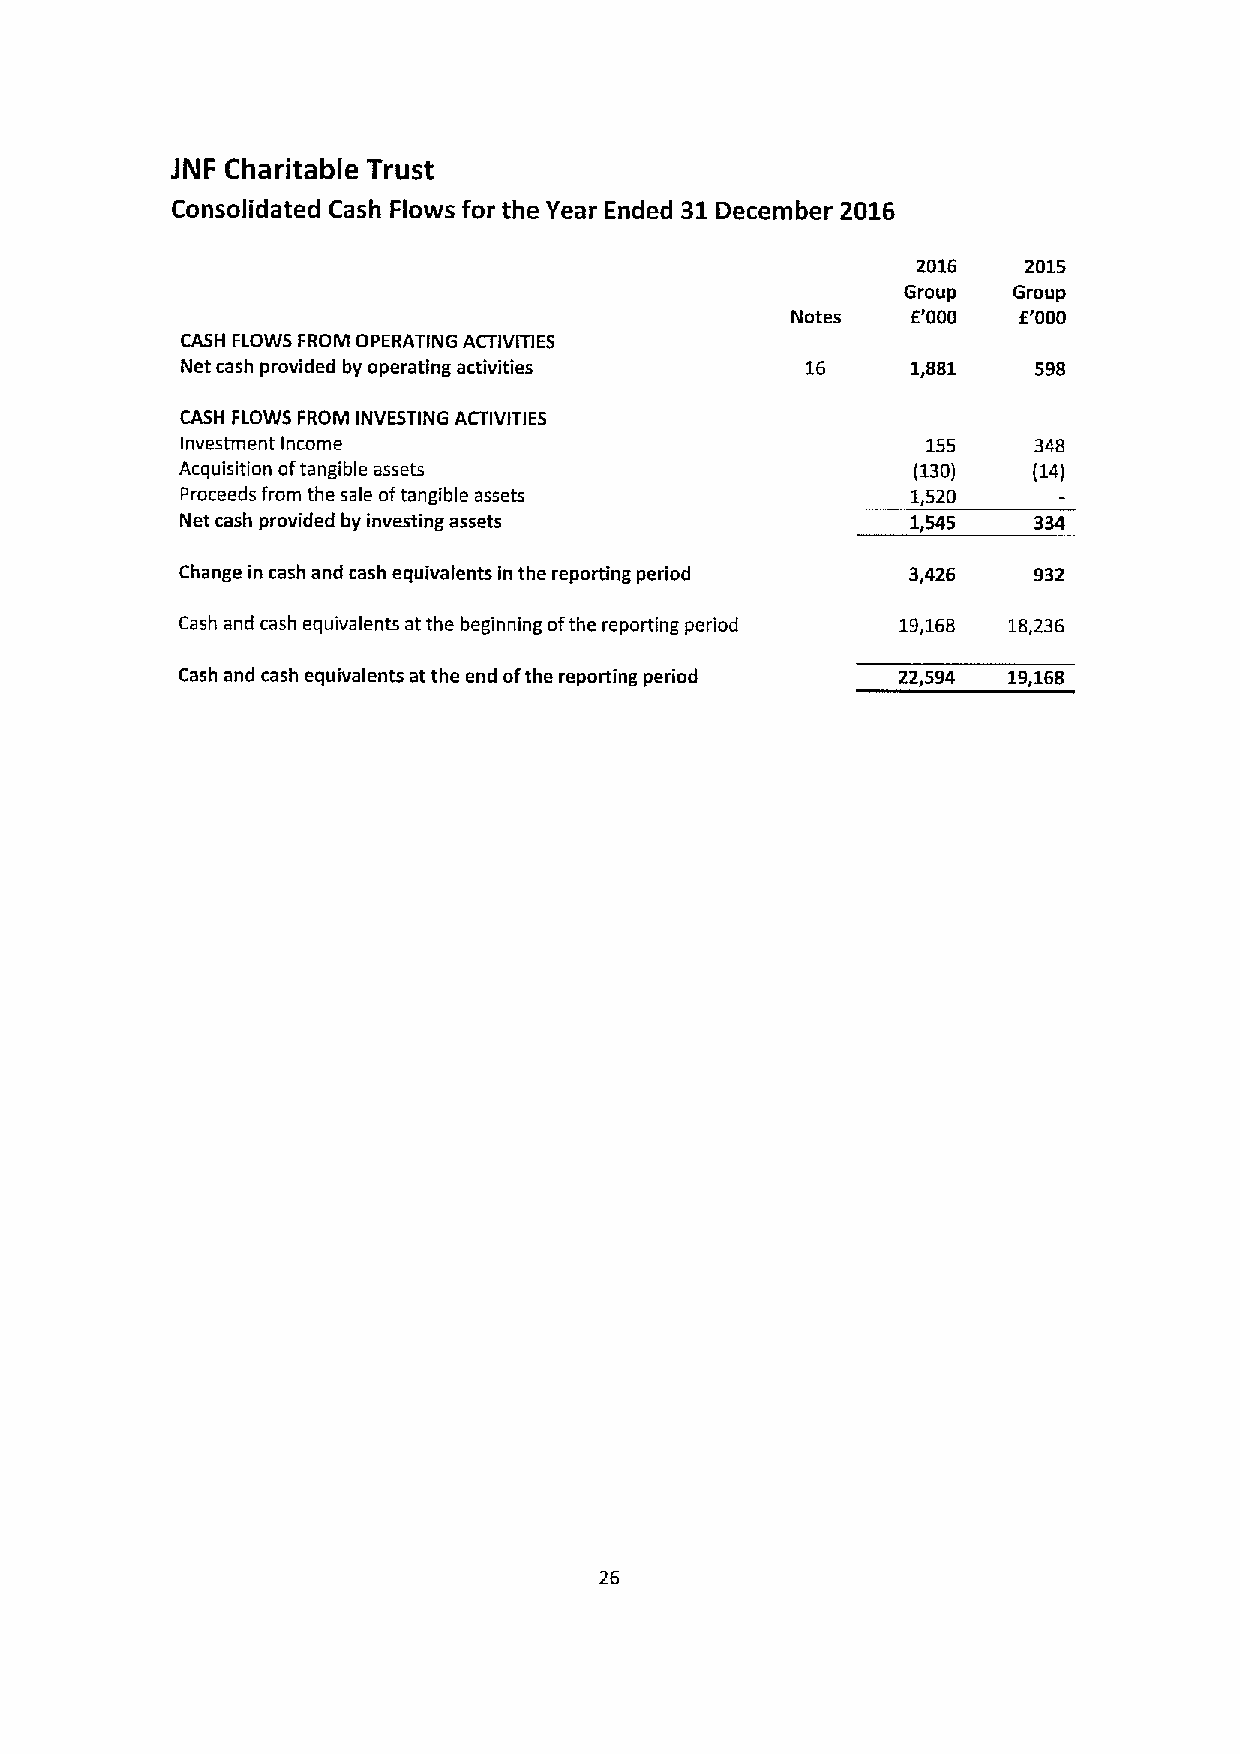
JNF Charitable Trust
 Consolidated Cash Flows for the Year Ended 31December 2016
 2016   2015
 Group  Group
 Notes   E'000  E'000
 CASH FLOWS FROM OPERATING ACTIVmES
 Net cash provided by operating activities 16    1,881    598
 CASH FLOWS FROM INVESTING ACTIVITIES
 Investment Income                                155    348
 Acquisition oftangible assets                   (130)   (14)
 Proceeds from the sale oftangible assets        1,520
 Net cash provided by investing assets           1,545   334
 Change in cash and cash equivalents in the reporting period 3p426 932
 Cash and cash equivalents at the beginning ofthe reporting period 19,168 18,236
 Cash and cash equivalents at the end ofthe reporting period 22p594 19,168
 26